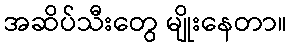
အဆိပ်သီးတွေ မျိုးနေတာ။